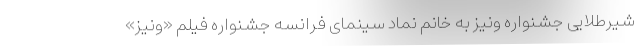
شیرطلایی جشنواره ونیز به خانم نماد سینمای فرانسه جشنواره فیلم «ونیز»